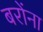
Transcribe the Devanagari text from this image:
बरोंना